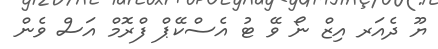
ޔޫ ދެއަރ އިޒް ނޯ ވޭ ޓު އެސްކޭޕް ފްރޮމް އަސް ވެން